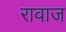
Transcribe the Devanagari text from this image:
रावाज